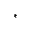
\ast